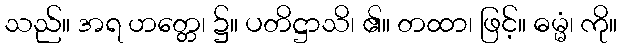
သည်။ အရ ဟတ္တေ၊ ၌။ ပတိဋ္ဌာသိ၊ ၏။ တထာ၊ ဖြင့်။ ဓမ္မံ၊ ကို။